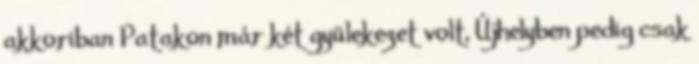
akkoriban Patakon már két gyülekezet volt, Újhelyben pedig csak